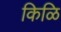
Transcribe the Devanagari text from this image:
किळि